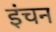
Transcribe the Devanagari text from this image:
इंचन